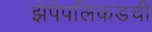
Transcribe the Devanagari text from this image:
झेपेपलिकडची